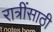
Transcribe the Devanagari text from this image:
रात्रींसाठी